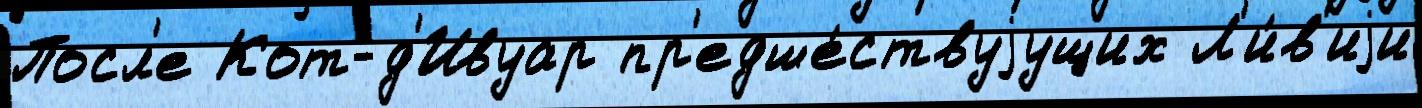
Посл'е Кот-д'Ивуар пр'едше́ствуjущих Л'и́в'иjи